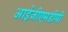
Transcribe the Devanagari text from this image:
आईजीएमडीपी